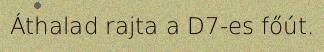
Áthalad rajta a D7-es főút.